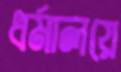
ধর্মালয়ে